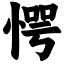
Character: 愕